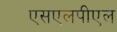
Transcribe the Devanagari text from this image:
एसएलपीएल